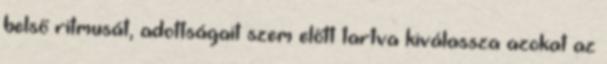
belső ritmusát, adottságait szem előtt tartva kiválassza azokat az